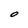
Character: O